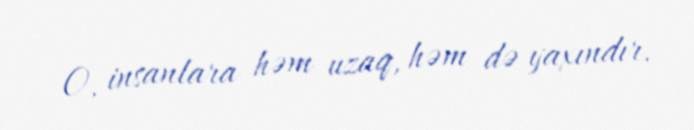
O, insanlara həm uzaq, həm də yaxındır.